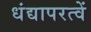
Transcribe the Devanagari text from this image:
धंद्यापरत्वें